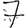
Digit: 7